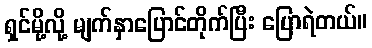
ရှင်မို့လို့ မျက်နှာပြောင်တိုက်ပြီး ပြောရဲတယ်။